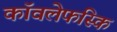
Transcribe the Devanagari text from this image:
कॉवलेफस्कि